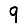
Digit: 9